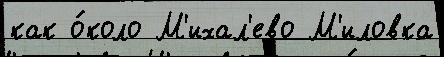
как о́коло М'ихал'ево М'иловка